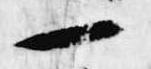
一